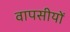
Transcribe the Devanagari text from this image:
वापसीयों